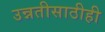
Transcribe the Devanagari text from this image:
उन्नतीसाठीही